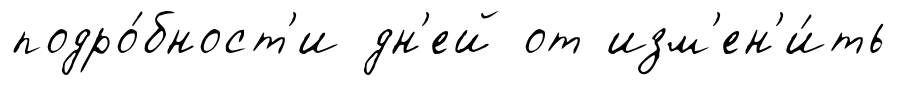
подро́бност'и дн'ей от изм'ен'и́ть